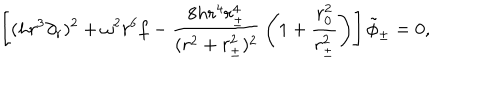
LaTeX: \left[ ( h r ^ { 3 } \partial _ { r } ) ^ { 2 } + \omega ^ { 2 } r ^ { 6 } f - { \frac { 8 h r ^ { 4 } r _ { \pm } ^ { 4 } } { ( r ^ { 2 } + r _ { \pm } ^ { 2 } ) ^ { 2 } } } \left( 1 + { \frac { r _ { 0 } ^ { 2 } } { r _ { \pm } ^ { 2 } } } \right) \right] \tilde { \phi } _ { \pm } = 0 ,